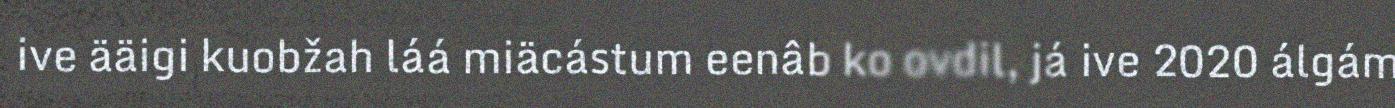
ive ääigi kuobžah láá miäcástum eenâb ko ovdil, já ive 2020 álgám